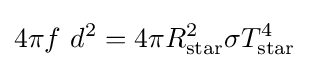
4\pi f\ d^{2}=4\pi R_{\rm {star}}^{2}\sigma T_{\rm {star}}^{4}